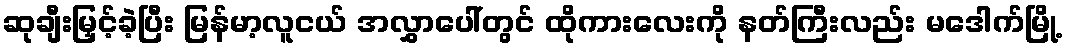
ဆုချီးမြှင့်ခဲ့ပြီး မြန်မာ့လူငယ် အလွှာပေါ်တွင် ထိုကားလေးကို နတ်ကြီးလည်း မဒေါက်မြို့